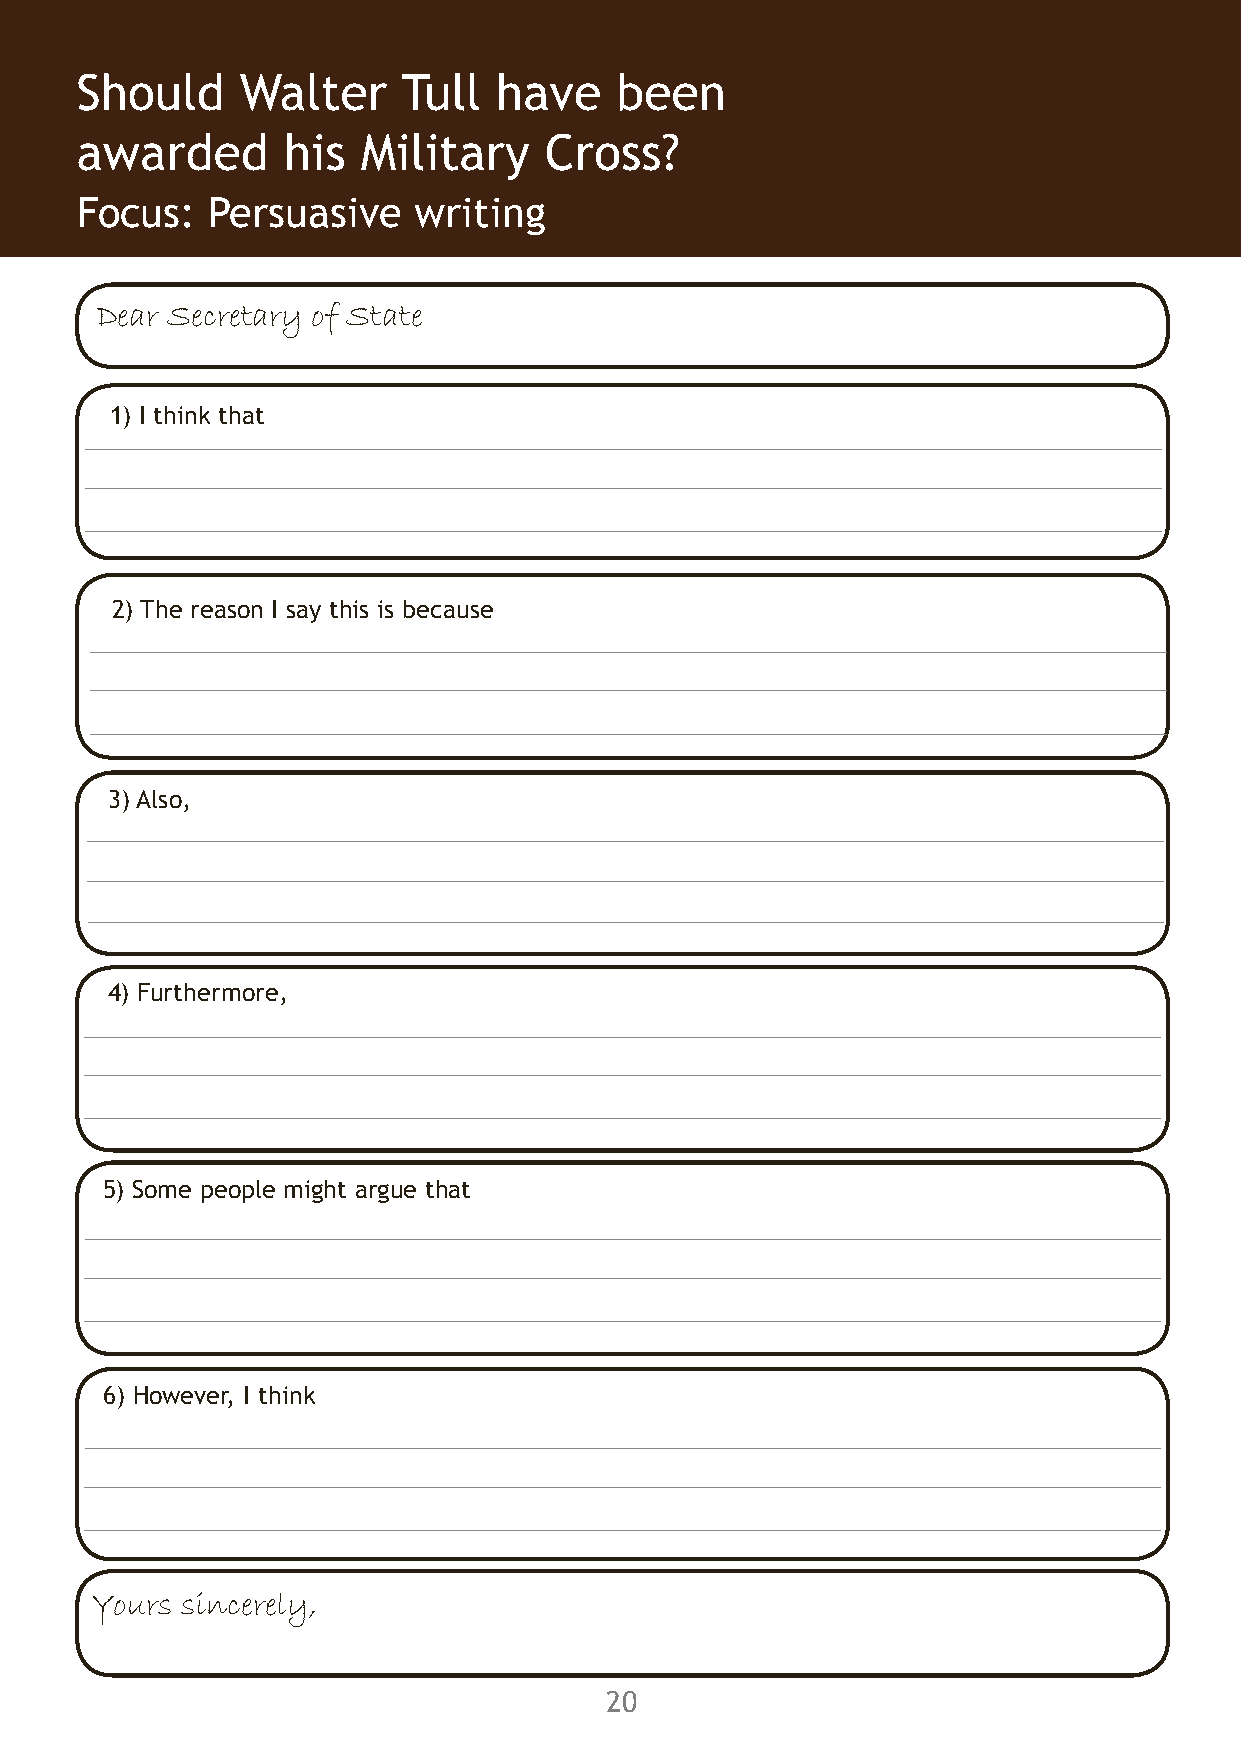
Should Walter Tull have been Activity 6 Should Walter Tull have been Activity 6
 awarded his Military Cross? awarded his Military Cross?
 Focus: Persuasive writing Focus: Persuasive writing
 Dear Secretary of State
 1) I think that
 2) The reason I say this is because
 3) Also,
 4) Furthermore,
 5) Some people might argue that
 6) However, I think
 Yours sincerely,
 19                                      20